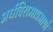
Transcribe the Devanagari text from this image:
अर्धविरामाप्रमाणे